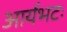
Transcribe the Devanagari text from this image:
आर्यभटः